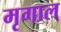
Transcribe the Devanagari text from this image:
मृगाल